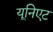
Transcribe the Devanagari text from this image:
यूनिएट